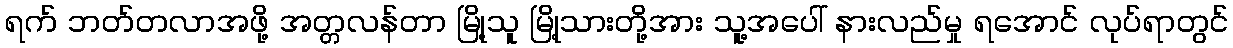
ရက် ဘတ်တလာအဖို့ အတ္တလန်တာ မြို့သူ မြို့သားတို့အား သူ့အပေါ် နားလည်မှု ရအောင် လုပ်ရာတွင်